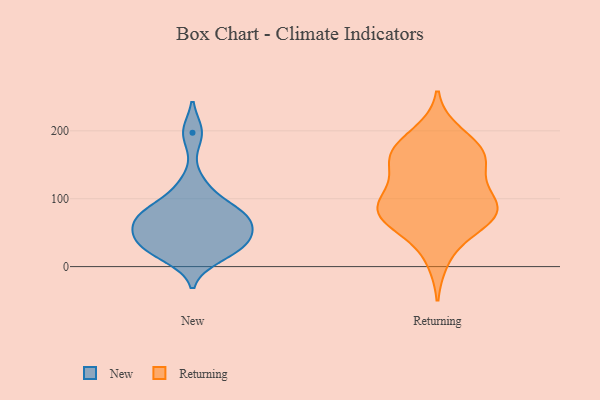
{"axis": {"x": "Temperature (°C)", "y": "Value"}, "legend": ["New", "Returning"], "data": [{"x": "", "y": 44, "type": "New"}, {"x": "", "y": 78, "type": "New"}, {"x": "", "y": 86, "type": "New"}, {"x": "", "y": 65, "type": "New"}, {"x": "", "y": 197, "type": "New"}, {"x": "", "y": 14, "type": "New"}, {"x": "", "y": 119, "type": "New"}, {"x": "", "y": 62, "type": "New"}, {"x": "", "y": 39, "type": "New"}, {"x": "", "y": 77, "type": "New"}, {"x": "", "y": 30, "type": "New"}, {"x": "", "y": 27, "type": "New"}, {"x": "", "y": 141, "type": "Returning"}, {"x": "", "y": 158, "type": "Returning"}, {"x": "", "y": 86, "type": "Returning"}, {"x": "", "y": 57, "type": "Returning"}, {"x": "", "y": 159, "type": "Returning"}, {"x": "", "y": 12, "type": "Returning"}, {"x": "", "y": 98, "type": "Returning"}, {"x": "", "y": 196, "type": "Returning"}, {"x": "", "y": 79, "type": "Returning"}, {"x": "", "y": 66, "type": "Returning"}, {"x": "", "y": 178, "type": "Returning"}, {"x": "", "y": 172, "type": "Returning"}, {"x": "", "y": 80, "type": "Returning"}, {"x": "", "y": 110, "type": "Returning"}, {"x": "", "y": 73, "type": "Returning"}, {"x": "", "y": 158, "type": "Returning"}, {"x": "", "y": 93, "type": "Returning"}]}